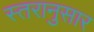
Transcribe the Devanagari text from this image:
स्तरानुसार